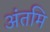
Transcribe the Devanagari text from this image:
अंतमि